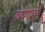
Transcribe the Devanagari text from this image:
रुपाभ